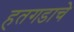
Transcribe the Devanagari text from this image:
हतगडाचे